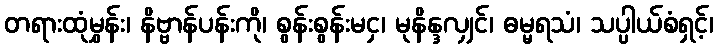
တရားထုံမွှန်း၊ နိဗ္ဗာန်ပန်းကို၊ စွန်းစွန်းမငှ၊ မုနိန္ဒလျှင်၊ ဓမ္မရသံ၊ သပ္ပါယ်စံရှင့်၊